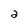
Character: a